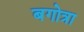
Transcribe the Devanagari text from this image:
बगोत्रा